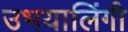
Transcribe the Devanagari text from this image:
उभयालिंगी